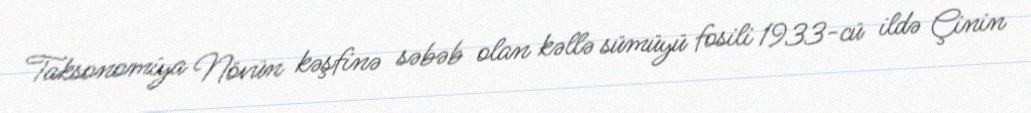
Taksonomiya Növün kəşfinə səbəb olan kəllə sümüyü fosili 1933-cü ildə Çinin